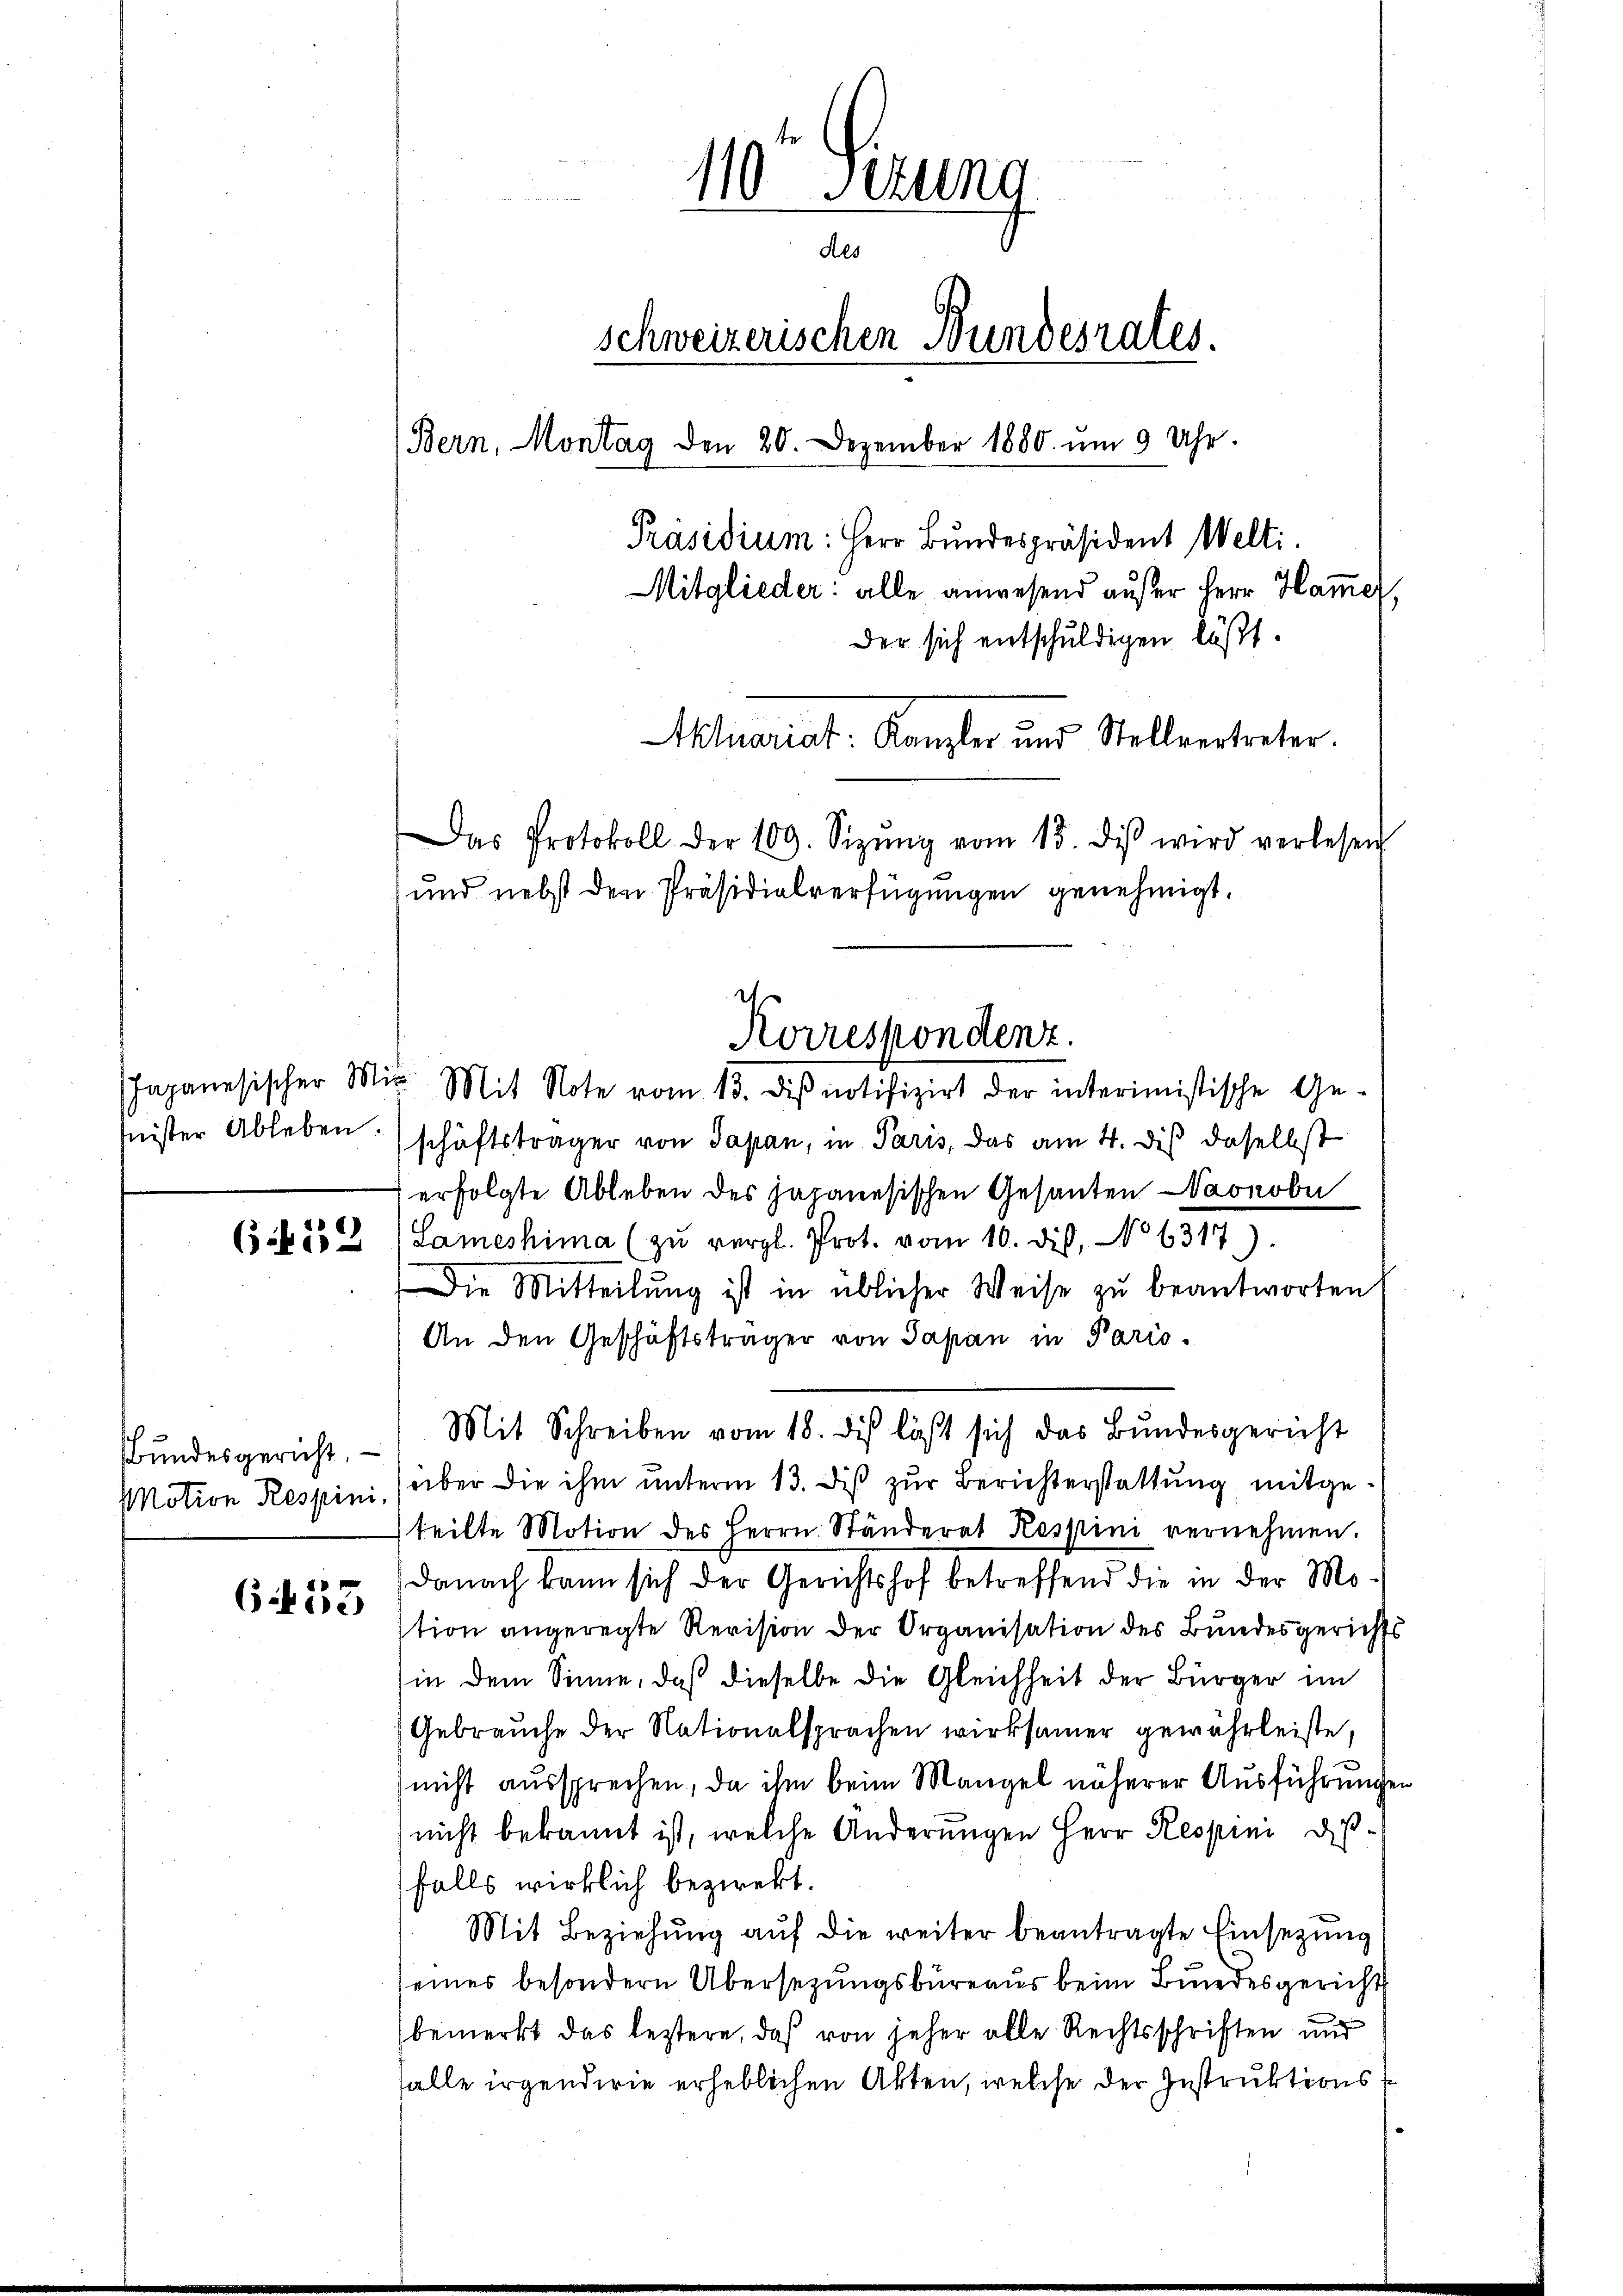
Japanesischer Mit
inister Ableben.

if. 52

c
Bundesgericht. —
Motion Respini,

633

110 Sttung
des
schweizerischen Bundesrates.
(Bern, Montag den 20. Dezember 1880 um 9 Uhr.
Präsidium: Herr Bundespräsident Welti.
Mitglieder: alle anwesend außer Herr Hammer,
Der sich entschuldigen läßt.

Mit Note vom 13. dieß notifizirt der interimistische Geschäftsträger von Japan, in Paris, das am 4. dis daselbst
erfolgte Ableben des japanesischen Gesanten Waonobe
Lameshima (zŭ vergl. Prot. vom 10. dis, No 6317).
Die Mitteilung ist in üblicher Weise zu beantworten
An den Geschäftsträger von Sapan in Paris.
Mit Schreiben vom 18. des läßt sich das Bundesgericht
über die ihm unterm 13. dis zur Berichterstattung mitgeteilte Motion des Herrn Ständerat Respini vernehmen.
Danach kann sich der Gerichtshof betreffend die in der Motion angeregte Revision der Organisation des Bundesgerichts
(in dem Sinne, daß dieselbe die Gleichheit der Bürger im
Gebrauche der Nationalsprachen wirksamer gewährleiste,
nicht aussprechen, da ihm beim Mangel näherer Ausführungen
nicht bekannt ist, welche Änderungen Herr Respini dießfalls wirklich bezwekt.
Mit Beziehung auf die weiter beantragte Einsezung
eines besondern Übersezungsbureaus beim Bundesgericht
bemerkt das leztere, daß von jeher alle Rechtsschriften und
falle irgendwie erheblichen Akten, welche der Instruktions

Aluariat. Kanzler und Stellvertreter.
Das Protokoll der 109. Sizŭng vom 15. diβ wird verlesen
und nebst den Präsidialverfügungen genehmigt.

Korrespondenz.